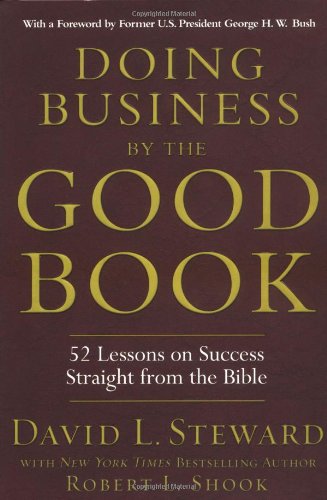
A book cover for Doing Business by the Good Book: Fifty-Two Lessons on Success Sraight from the Bible; David Steward; Business & Money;